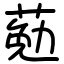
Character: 葂